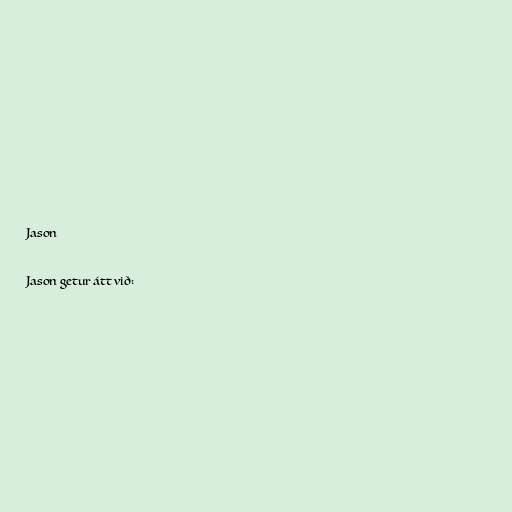
Jason

Jason getur átt við: